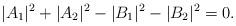
LaTeX: \begin{align*}\quad |A_1|^2 + |A_2|^2 - |B_1|^2 -|B_2|^2 = 0.\end{align*}